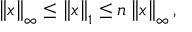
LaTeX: \left\| x \right\| _ { \infty } \leq \left\| x \right\| _ { 1 } \leq n \left\| x \right\| _ { \infty } ,